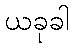
ယခုခါ